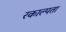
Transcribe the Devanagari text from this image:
रकाल्पता